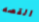
القصه